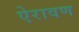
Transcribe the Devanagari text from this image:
ऐरावण